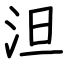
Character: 泹